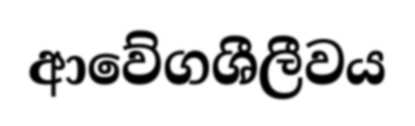
ආවේගශීලීවය